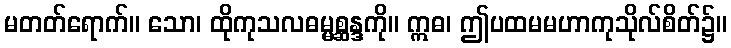
မတတ်ရောက်။ သော၊ ထိုကုသလဓမ္မစ္ဆန္ဒကို။ ဣဓ၊ ဤပထမမဟာကုသိုလ်စိတ်၌။